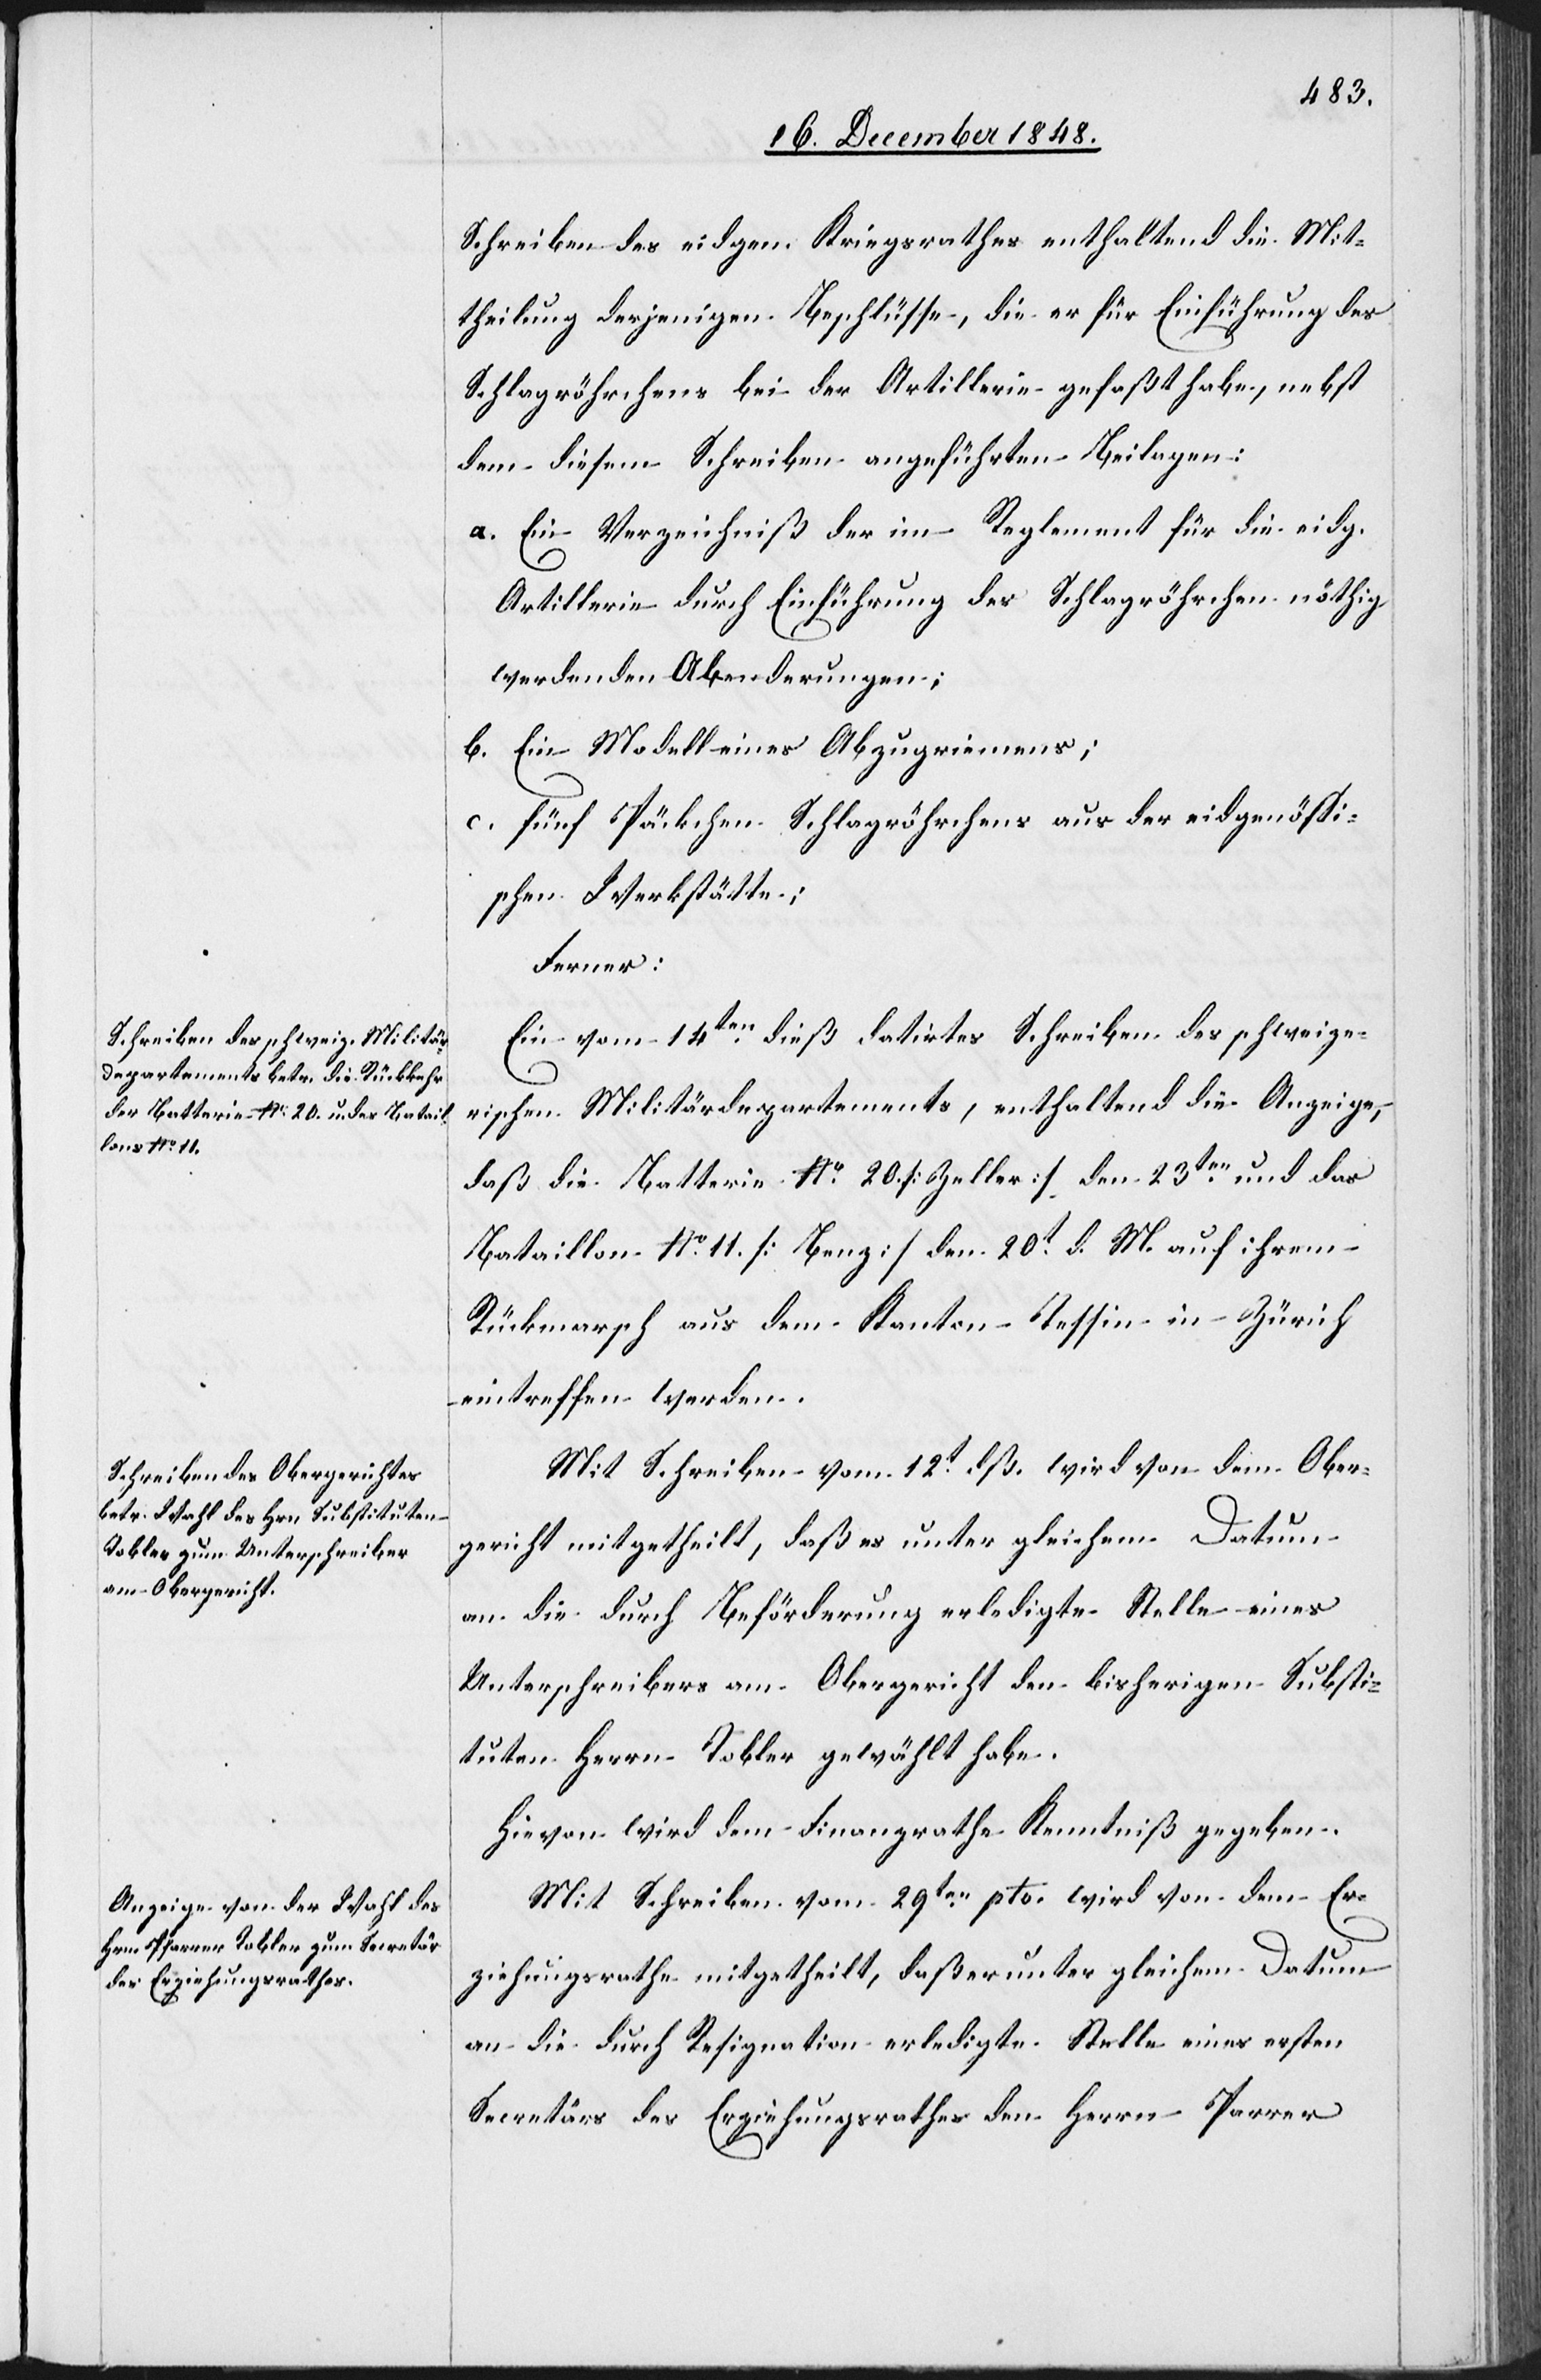
Schreiben des eidgen. Kriegsrathes enthaltend die Mit¬
theilung derjenigen Beschlüsse, die er für Einführung des
Schlagröhrchens bei der Artillerie gefaßt habe, nebst
dem diesem Schreiben angeführten Beilagen:
a. Ein Verzeichniß der im Reglement für die eidg.
Artillerie durch Einführung des Schlagröhrchen nöthig
werdenden Abenderungen;
b. Ein Modell eines Abzugriemens;
c. fünf Päckchen Schlagröhrchens aus der eidgenössi¬
schen Werkstätte;
Ferner:
Ein vom 14ten dieß datirtes Schreiben des schweize¬
rischen Militärdepartements, enthaltend die Anzeige,
daß die Batterie No 20 [Zeller] den 23ten und das
Bataillon No 11 [Benz] den 20t d. M. auf ihrem
Rückmarsch aus dem Kanton Tessin in Zürich
eintreffen werden.
Mit Schreiben vom 12t dß. wird von dem Ober¬
gericht mitgetheilt, daß es unter gleichem Datum
an die durch Beförderung erledigte Stelle eines
Unterschreibers am Obergericht den bisherigen Substi¬
tuten Herrn Tobler gewählt habe.
Mit Schreiben vom 19ten pto. wird von dem Er¬
ziehungsrathe mitgetheilt, daß er unter gleichem Datum
an die durch Resignation erledigte Stelle eines ersten
Secretärs des Erziehungsrathes den Herrn P[f]arrer